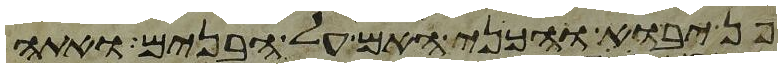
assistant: פן יבוא והכני האם על הבנים ואתה